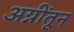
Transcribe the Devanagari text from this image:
अग्नींतून